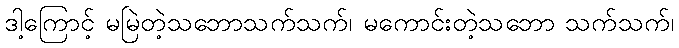
ဒါ့ကြောင့် မမြဲတဲ့သဘောသက်သက်၊ မကောင်းတဲ့သဘော သက်သက်၊